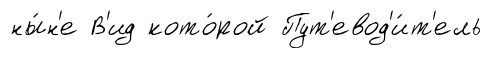
ны́н'е В'ид кото́рой Пут'евод'и́т'ель